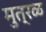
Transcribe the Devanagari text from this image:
मुत्रळ